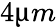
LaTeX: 4\upmu m